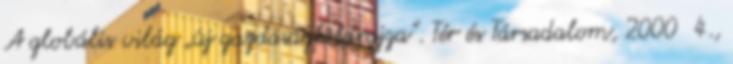
A globális világ „új gazdaságföldrajza”. Tér és Társadalom, 2000 4.,